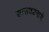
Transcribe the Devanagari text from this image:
सासवडनामे